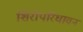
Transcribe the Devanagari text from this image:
शिरोपरिधावन